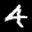
Label: 4